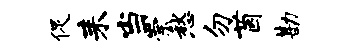
促耒当崇愁勿茵勘